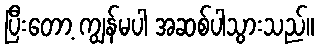
ပြီးတော့ ကျွန်မပါ အဆစ်ပါသွားသည်။